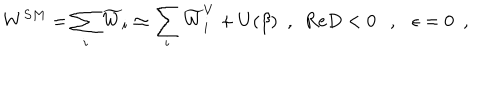
LaTeX: W ^ { S M } = \sum _ { i } \widetilde { W } _ { i } \simeq \sum _ { i } \widetilde { W } _ { i } ^ { V } + U ( \beta ) ~ ~ , ~ ~ \mathrm { R e } D < 0 , \epsilon = 0 ~ ~ ,